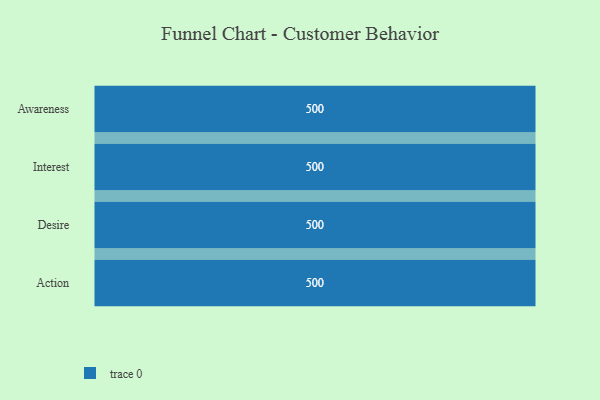
{"axis": {"x": "Stage", "y": "Value"}, "legend": [""], "data": [{"x": "Awareness", "y": 500, "type": ""}, {"x": "Interest", "y": 500, "type": ""}, {"x": "Desire", "y": 500, "type": ""}, {"x": "Action", "y": 500, "type": ""}]}